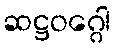
ဆဋ္ဌဝဂ္ဂေါ